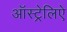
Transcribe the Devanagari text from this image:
ऑस्ट्रेलिऐ